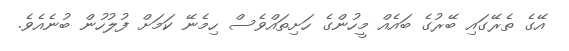
އޭގެ ތެރޭގައި ބޭރުގެ ބައެއް މީހުންގެ ހަށިތައްވެސް ހިމެނޭ ކަމަށް ފުލުހުން ބުނެއެވެ.